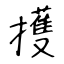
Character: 擭